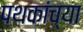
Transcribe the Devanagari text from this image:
पथकांच्या